Report on vaccination in Madras 1895-1903 - 1895-1903
Year: 1895
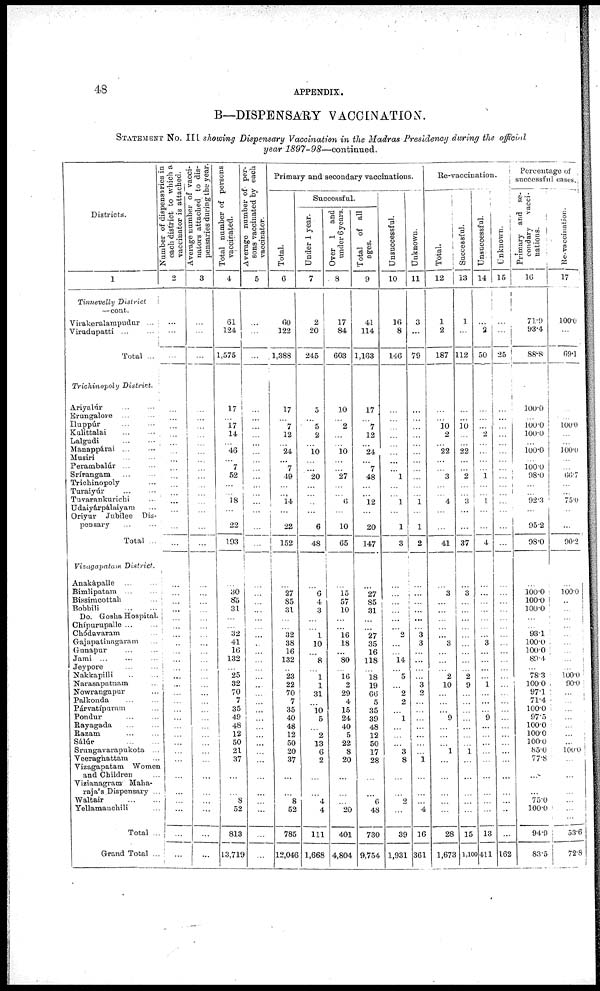
48
APPENDIX.
B—DISPENSARY VACCINATION.
STATEMENT No. III showing Dispensary Vaccination in the Madras Presidency during the official
year 1897-98—continued.
Districts.
1
Tinnevelly District
—cont.
Virakeralanipudur ...
Virudupatti ... ...
Total ...
Trichinopoly District.
Ariyalúr ... ...
Erungalore ... ...
Iluppúr ... ...
Kulittalai ... ...
Lalgudi
...
...
Manappárai ... ...
Musiri ... ...
Perambalúr ... ...
Srírangam ... ...
Trichinopoly ...
Turaiyúr
...
...
Tuvarankurichi ...
Udaiyárpálaiyam ...
Oriyur Jubilee Dis-
pensary ... ...
Total ...
Vizagapatam District.
Anakápalle ... ...
Bimlipatam ... ...
Bissimcottah ...
Bobbili
...
...
Do. Gosha Hospital.
Chípurupalle ... ...
Chódavaram ...
Gajapatinagaram ...
Gunapur ... ...
Jami ... ... ...
Jeypore ... ...
Nakkapilli ... ...
Narasapatnam ...
Nowrangapur ...
Palkonda ... ...
Párvatípuram ...
Pondur ... ...
Rayagada ... ...
Razam ... ...
Sálúr
...
...
Srungavarapukota ...
Veeraghattam ...
Vizagapatam Women
and Children ...
Vizianagram Maha-
raja's. Dispensary ...
Waltair
...
...
Yellamanchili ...
Total ...
Grand Total ...
Number of dispensaries in
each district
to which a
vaccinator is attached.
2
...
...
...
...
...
...
...
...
...
...
...
...
...
...
...
...
...
...
...
...
...
...
...
...
...
...
...
...
...
...
...
...
...
...
...
...
...
...
...
...
...
...
...
...
...
...
Average number of vacci-
nators attached to dis-
pensaries during the year.
3
...
...
...
...
...
...
...
...
...
...
...
...
...
...
...
...
...
...
...
...
...
...
...
...
...
...
...
...
...
...
...
...
...
...
...
...
...
...
...
...
...
...
...
...
...
...
Total number of persons
vaccinated.
4
61
124
1,575
17
...
17
14
...
46
...
7
52
...
...
18
...
22
193
...
30
85
31
...
...
32
41
16
132
...
25
32
70
7
35
49
48
12
50
21
37
...
...
8
52
813
13,719
Average number of per-
sons vaccinated by each
vaccinator.
5
...
...
...
...
...
...
...
...
...
...
...
...
...
...
...
...
...
...
...
...
...
...
...
...
...
...
...
...
...
...
...
...
...
...
...
...
...
...
...
...
...
...
...
...
...
...
Primary and secondary vaccinations.
Total.
6
60
122
1,388
17
...
7
12
...
24
...
7
49
...
...
14
...
22
152
...
27
85
31
...
...
32
38
16
132
...
23
22
70
7
35
40
48
12
50
20
37
...
...
8
52
785
12,046
Successful.
Under 1 year.
7
2
20
245
5
...
5
2
...
10
...
...
20
...
...
...
...
6
48
...
6
4
3
...
...
1
10
...
8
...
1
1
31
...
10 5
...
2
13
6
2
...
...
4
4
111
1,668
Over 1 and
under 6years.
8
17
84
603
10
...
2
...
...
10
...
...
27
...
...
6
...
10
65
...
15
57
10
...
...
16
18
...
80
...
16
2
29
4
15
24
40
5
22
8
20
...
...
...
20
401
4,804
Total of all
ages.
9
41
114
1,163
17
...
7
12
...
24
...
7
48
...
...
12
...
20
147
...
27
85
31
...
...
27
35
16
118
...
18
19
66
5
35
39
48
12
50
17
28
...
...
6
48
730
9,754
Unsuccessful.
10
16
8
146
...
...
...
...
...
...
...
...
1
...
...
1
...
1
3
...
...
...
...
...
...
2
...
...
14
...
5
...
2
2
...
1
...
...
...
3
8
...
...
2
...
39
1,931
Unknown.
11
3
...
79
...
...
...
...
...
...
...
...
...
...
...
1
...
1
2
...
...
...
...
...
...
3
3
...
...
...
...
3
2
...
...
...
...
...
...
...
1
...
...
...
4
16
361
Re-vaccination.
Total.
12
1
2
187
...
...
10
2
...
22
...
...
3
...
...
4
...
...
41
...
3
...
...
...
...
...
3
...
...
...
2
10
...
...
...
9
...
...
...
1
...
...
...
...
...
28
1,673
Successful.
13
1
...
112
...
...
10
...
...
22
...
...
2
...
...
3
...
...
37
...
3
...
...
...
...
...
...
...
...
...
2
9
...
...
...
...
...
...
...
1
...
...
...
...
...
15
1,100
Unsuccessful.
14
...
2
50
...
...
...
2
...
...
...
...
1
...
...
1
...
...
4
...
...
...
...
...
...
...
3
...
...
...
...
1
...
...
...
9
...
...
...
...
...
...
...
...
...
13
411
Unknown.
15
...
...
25
...
...
...
...
...
...
...
...
...
...
...
...
...
...
...
...
...
...
...
...
...
...
...
...
...
...
...
...
...
...
...
...
...
...
...
...
...
...
...
...
...
...
162
Percentage of
Primary and se-
condary
vacci-
nations.
16
71.9
93.4
88.8
100.0
...
100.0
100.0
...
100.0
...
100.0
98.0
...
...
92.3
...
952
98.0
...
100.0
100.0
100.0
...
...
93.1
100.0
100.0
89.4
...
78.3
100.0
97.1
71.4
100.0
97.5
100.0
100.0
100.0
85.0
77.8
...
...
75.0
100.0
94.9
83.5
Re-vaccination.
17
100.0
...
69.1
...
...
100.0
...
...
100.0
...
...
66.7
...
...
75.0
...
...
90.2
...
100.0
...
...
...
...
...
...
...
...
...
100.0
90.0
...
...
...
...
...
...
...
100.0
...
...
...
...
...
53.6
72.8